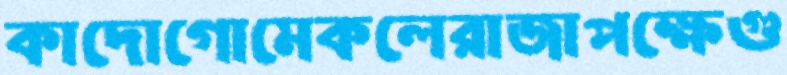
কাদোগোমেকলেরাজাপক্ষেগু